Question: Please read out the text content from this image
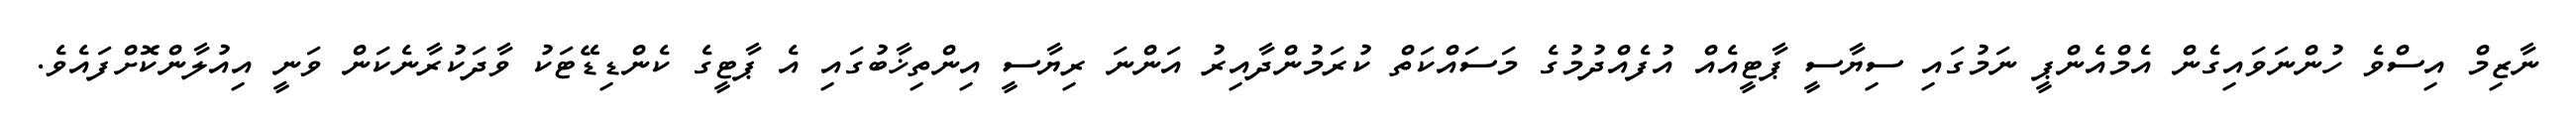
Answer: ނާޒިމް އިސްވެ ހުންނަވައިގެން އެމްއެންޕީ ނަމުގައި ސިޔާސީ ޕާޓީއެއް އުފެއްދުމުގެ މަސައްކަތް ކުރަމުންދާއިރު އަންނަ ރިޔާސީ އިންތިޚާބުގައި އެ ޕާޓީގެ ކެންޑިޑޭޓަކު ވާދަކުރާނެކަން ވަނީ އިއުލާންކޮށްފައެވެ.